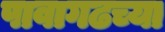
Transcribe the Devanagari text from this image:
पावागढच्या